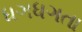
ધગધગતા